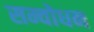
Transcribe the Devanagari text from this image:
सम्वोधन